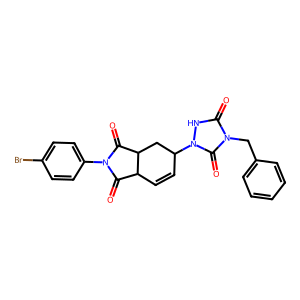
SMILES: O=C1C2C=CC(n3[nH]c(=O)n(Cc4ccccc4)c3=O)CC2C(=O)N1c1ccc(Br)cc1
Inhibits HIV replication: No